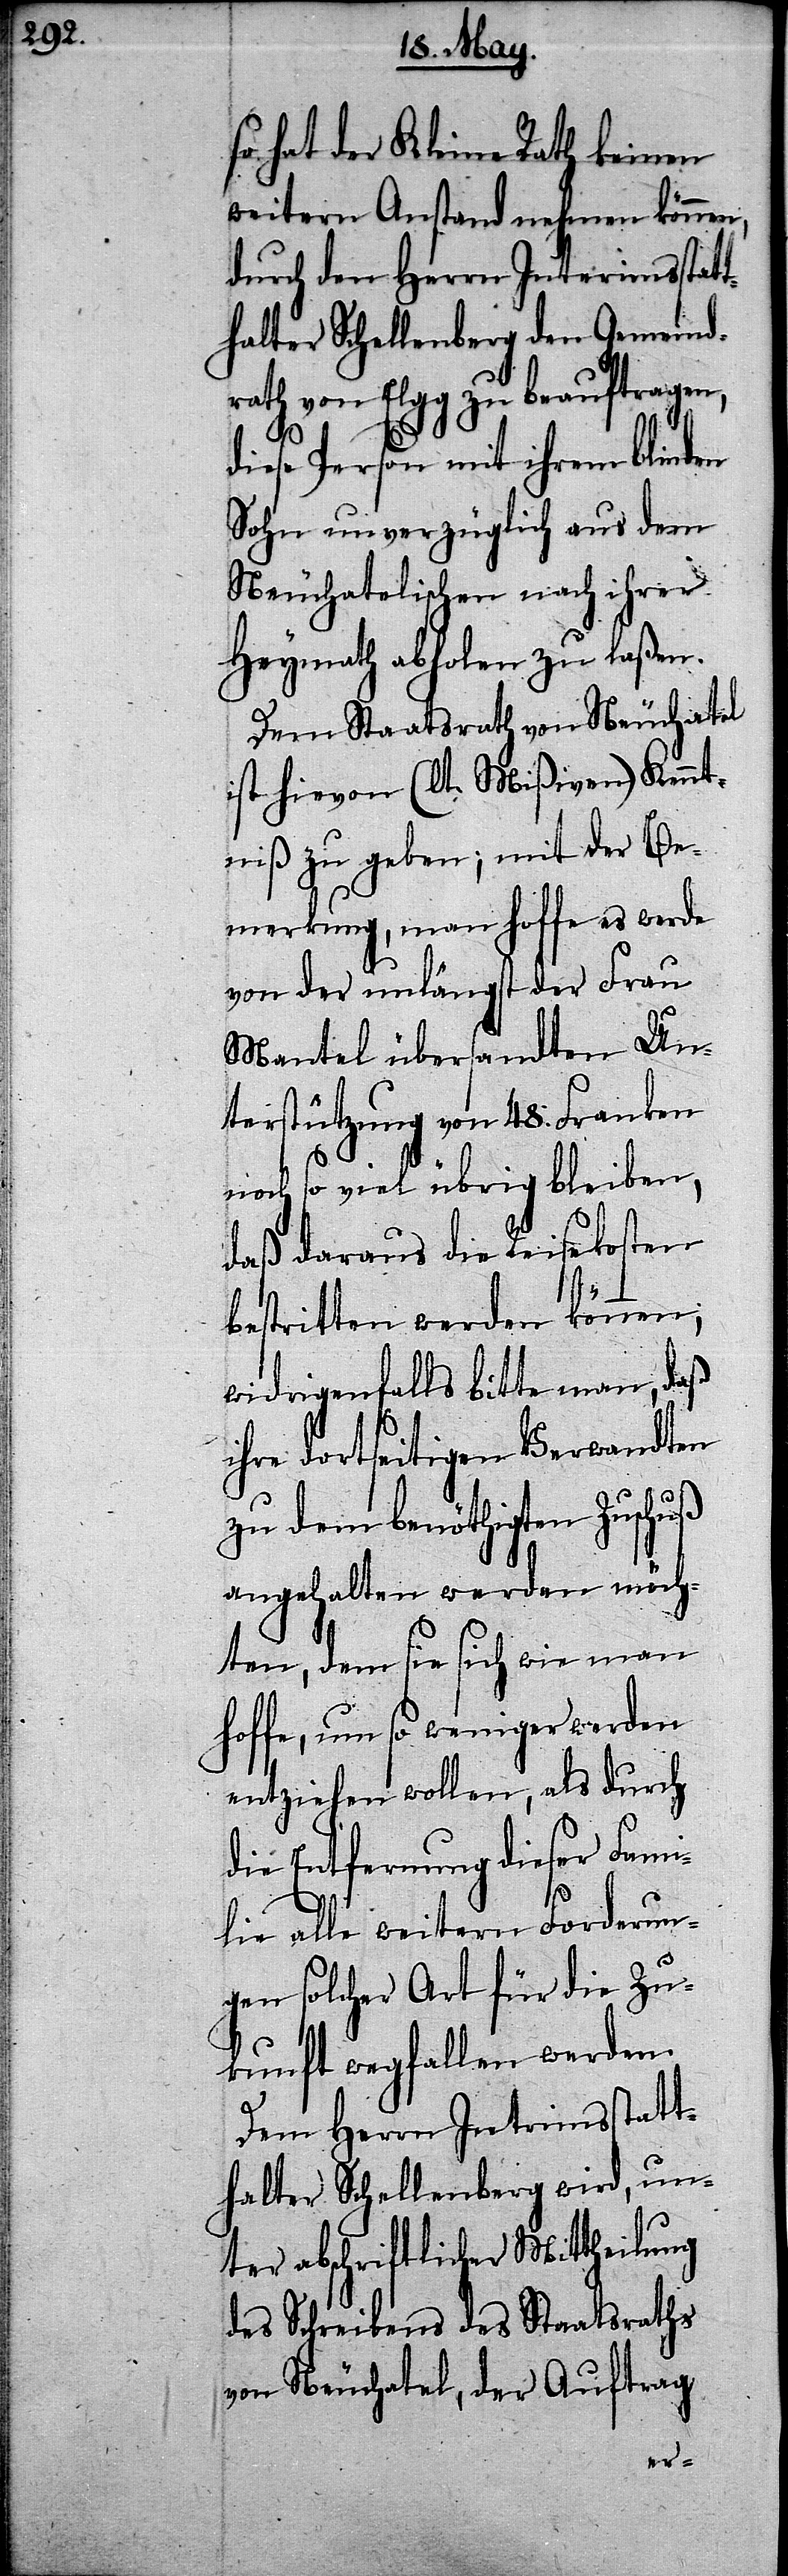
so hat der Kleine Rath keinen
weitern Anstand nehmen können,
durch den Herrn Interimsstatt¬
halter Schellenberg den Gemeind¬
rath von Elgg zu beauftragen,
diese Person mit ihrem blinden
Sohn unverzüglich aus dem
Neuchatelischen nach ihrer
Heymath abholen zu laßen.
Dem Staatsrath von Neuchatel
ist hievon (lt. Mißiven) Kennt¬
niß zu geben; mit der Be¬
merkung, man hoffe es werde
von der unlängst der Frau
Mantel übersandten Un¬
terstützung von 48. Franken
noch so viel übrig bleiben,
daß daraus die Reisekosten
bestritten werden können;
widrigenfalls bitte man, daß
ihre dortseitige Verwandten
zu dem benöthigten Zuschuß
angehalten werden möch¬
ten, dem sie sich wie man
hoffe, um so weniger werden
entziehen wollen, als durch
die Entfernung dieser Fami¬
lie alle weitern Forderun¬
gen solcher Art für die Zu¬
kunft wegfallen werden.
Dem Herrn Interimsstatt¬
halter Schellenberg wird, un¬
ter abschriftlicher Mittheilung
des Schreibens des Staatsraths
von Neuchatel, der Auftrag